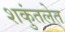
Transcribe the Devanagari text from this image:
शकुंतलेत